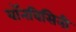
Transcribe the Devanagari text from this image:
बॉनविसिनी